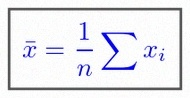
\bar{x}=\frac1n\sum x_i